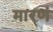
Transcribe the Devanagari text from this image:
मारणं